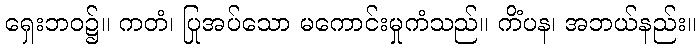
ရှေးဘဝ၌။ ကတံ၊ ပြုအပ်သော မကောင်းမှုကံသည်။ ကိံပန၊ အဘယ်နည်း။